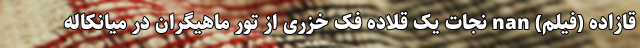
قازاده (فیلم) nan نجات یک قلاده فک خزری از تور ماهیگران در میانکاله